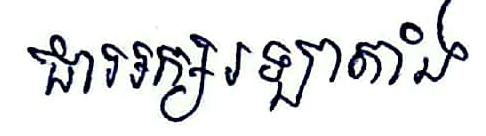
ជាអក្សរឡាតាំង